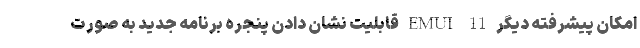
امکان پیشرفته دیگر EMUI 11 قابلیت نشان دادن پنجره برنامه جدید به صورت